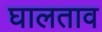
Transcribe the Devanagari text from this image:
घालताव